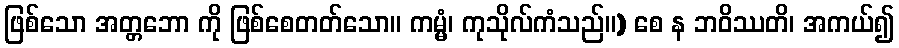
ဖြစ်သော အတ္တဘော ကို ဖြစ်စေတတ်သော။ ကမ္မံ၊ ကုသိုလ်ကံသည်။) စေ န ဘဝိဿတိ၊ အကယ်၍